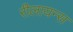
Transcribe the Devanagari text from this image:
रीलायन्स